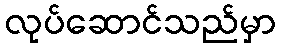
လုပ်ဆောင်သည်မှာ